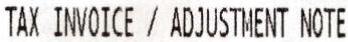
TAX INVOICE / ADJUSTMENT NOTE